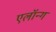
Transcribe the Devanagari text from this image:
एलॉन्ग